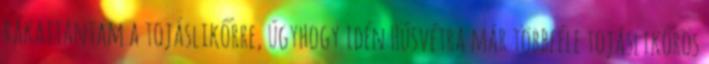
rákattantam a tojáslikőrre, úgyhogy idén Húsvétra már többféle tojáslikőrös